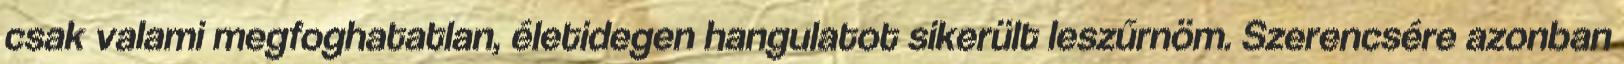
csak valami megfoghatatlan, életidegen hangulatot sikerült leszűrnöm. Szerencsére azonban